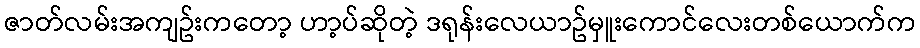
ဇာတ်လမ်းအကျဥ်းကတော့ ဟာ့ပ်ဆိုတဲ့ ဒရုန်းလေယာဥ်မှူးကောင်လေးတစ်ယောက်က